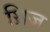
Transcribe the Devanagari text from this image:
थ्रिज़